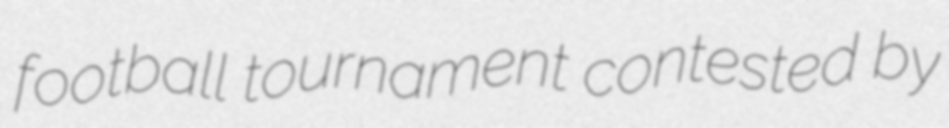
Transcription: football tournament contested by